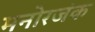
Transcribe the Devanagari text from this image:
मनोरजंक